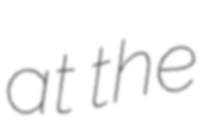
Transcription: at the